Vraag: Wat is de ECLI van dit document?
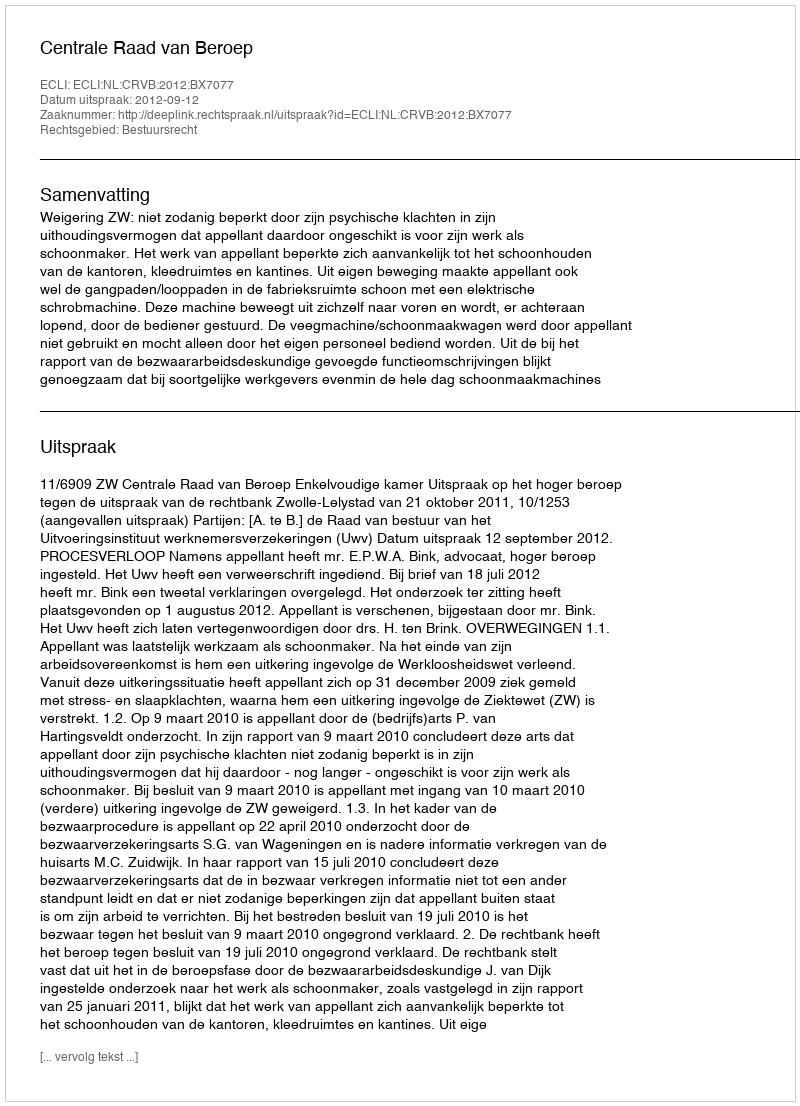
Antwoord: ECLI:NL:CRVB:2012:BX7077